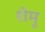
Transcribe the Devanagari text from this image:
शेमु